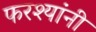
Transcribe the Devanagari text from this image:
फरश्यांनी